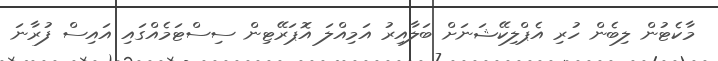
މާކެޓުން ލިބެން ހުރި އެޕްލިކޭޝަނަށް ބަލާއިރު އަމިއްލަ އޮޕަރޭޓިން ސިސްޓަމެއްގައި އައިސް ފުރާނަ